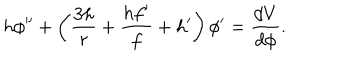
LaTeX: h \phi ^ { \prime \prime } + \left( \frac { 3 h } { r } + \frac { h f ^ { \prime } } { f } + h ^ { \prime } \right) \phi ^ { \prime } = \frac { d V } { d \phi } .